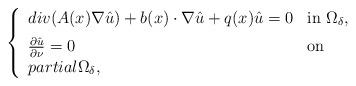
LaTeX: \begin{align*}\left \{ \begin{array}{lll} div(A(x)\nabla\hat{u})+b(x)\cdot\nabla\hat{u}+q(x)\hat{u}=0 &\mbox{in}\ \Omega_\delta,\medskip\\\frac{\partial \hat{u}}{\partial \nu}=0 &\mbox{on}\\partial\Omega_\delta,\end{array}\right.\end{align*}